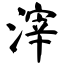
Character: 滓